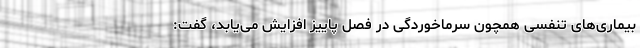
بیماری‌های تنفسی همچون سرماخوردگی در فصل پاییز افزایش می‌یابد، گفت: